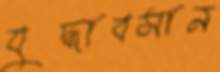
যুদ্ধাবসান